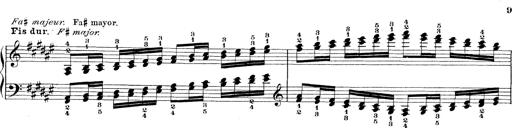
Title: Technische Studien
Composer: Franz Liszt